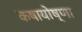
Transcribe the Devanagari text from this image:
कषायोष्णा